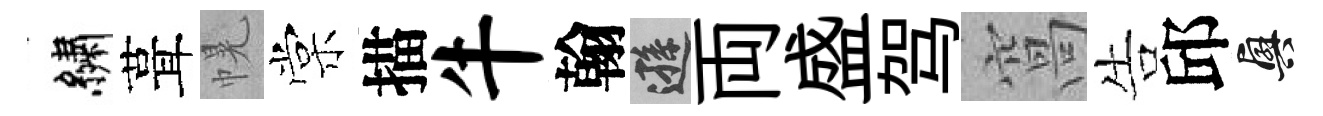
繡葺幌棠描牛翰遜両盛驾窩告邱興